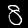
Digit: 8